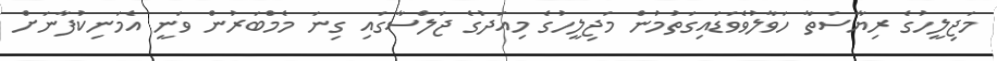
މަޖިލީހުގެ ރިޔާސަތާ ހަވާލުވެވަޑައިގަތުމުން މަޖިލީހުގެ މިއަދުގެ ޖަލްސާގައި ގިނަ މެމްބަރުން ވަނީ އެމަނިކުފާނަށް